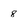
Character: 8